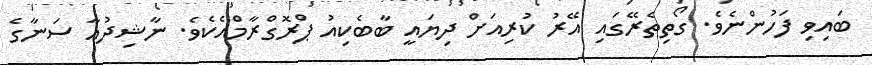
ބައިވި ފަހުންނެވެ. ގޯތިތެރޭގައި އޭރު ކުރިއަށް ދިޔައީ ބާބެކިއު ޕްރޮގްރާމްއެކެވެ. ނާޝިދުއާ ސަނާގެ